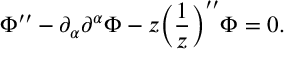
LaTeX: \Phi ^ { \prime \prime } - \partial _ { \alpha } \partial ^ { \alpha } \Phi - z \biggl ( \frac { 1 } { z } \biggr ) ^ { \prime \prime } \Phi = 0 .